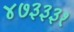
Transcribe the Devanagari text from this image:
४७३३३१